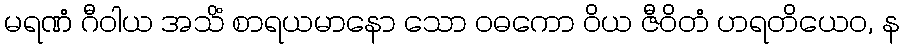
မရဏံ ဂီဝါယ အသိံ စာရယမာနော သော ဝဓကော ဝိယ ဇီဝိတံ ဟရတိယေဝ, န